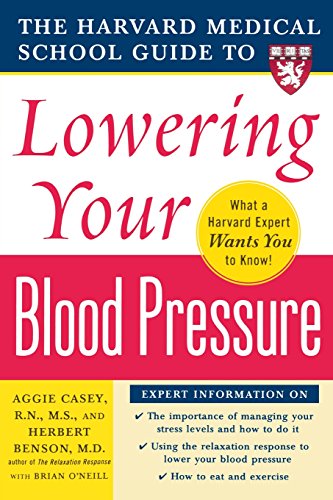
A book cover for Harvard Medical School Guide to Lowering Your Blood Pressure (Harvard Medical School Guides); Aggie Casey; Health, Fitness & Dieting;